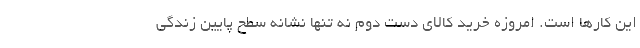
این کارها است. امروزه خرید کالای دست دوم نه تنها نشانه سطح پایین زندگی